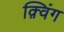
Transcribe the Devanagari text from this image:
क़्विंग